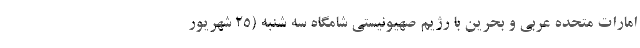
امارات متحده عربی و بحرین با رژیم صهیونیستی شامگاه سه شنبه (۲۵ شهریور